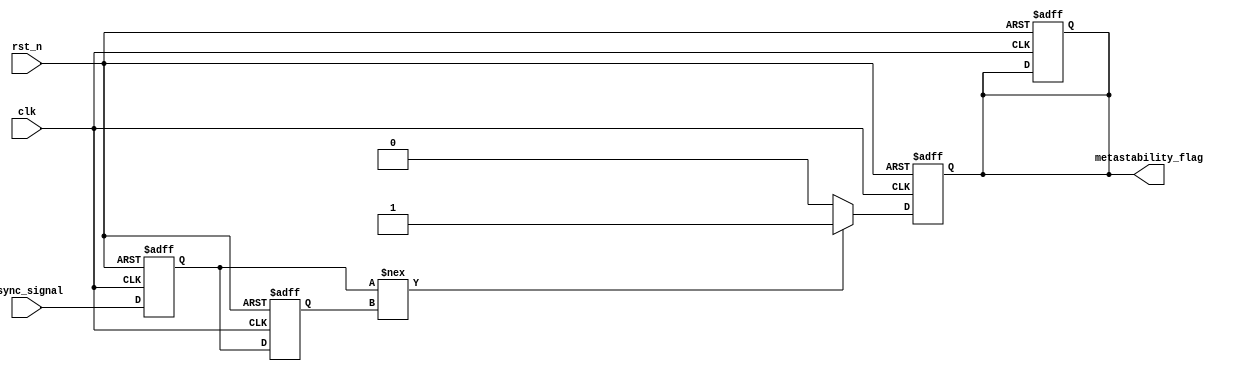
module metastability_detector (
    input wire clk,               // Clock signal
    input wire rst_n,             // Active low reset signal
    input wire async_signal,      // Asynchronous input signal to monitor
    output reg metastability_flag  // Output flag indicating metastability
);

    // Internal signals for latches
    reg latch1, latch2;
    reg latch1_stable, latch2_stable;

    // Sampling mechanism
    always @(posedge clk or negedge rst_n) begin
        if (!rst_n) begin
            latch1 <= 1'b0;
            latch2 <= 1'b0;
            metastability_flag <= 1'b0;
        end else begin
            latch1 <= async_signal; // Sample async signal on rising edge
            latch2 <= latch1;       // Sample output of latch1 on next rising edge
        end
    end

    // Metastability detection logic
    always @(posedge clk or negedge rst_n) begin
        if (!rst_n) begin
            metastability_flag <= 1'b0;
        end else begin
            // Check if latch1 and latch2 are different
            if (latch1 !== latch2) begin
                metastability_flag <= 1'b1; // Metastability detected
            end else begin
                metastability_flag <= 1'b0; // Clear flag if stable
            end
        end
    end

endmodule